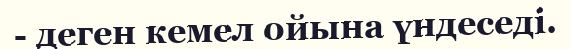
- деген кемел ойына үндеседі.